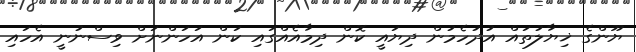
ޔޫންގެ ޚިޔާލުތައް އުދުހެމުން ދިޔައީ ކޮން ދިމާއެއްގައި ކަން އަހަންނަށް ވިސްނުނީ އެހައި